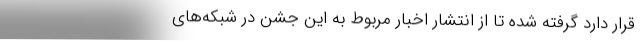
قرار دارد گرفته شده تا از انتشار اخبار مربوط به این جشن در شبکه‌های